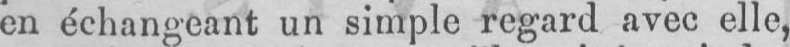
un simple regard avec elle,